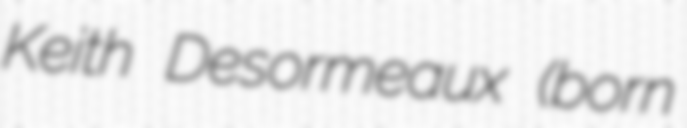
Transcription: Keith Desormeaux (born